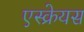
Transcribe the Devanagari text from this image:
एस्क्रेयस